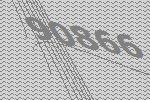
90866